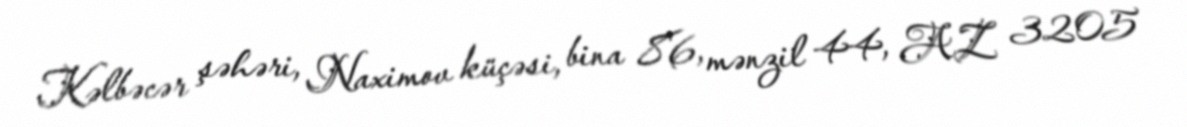
Kəlbəcər şəhəri, Naximov küçəsi, bina 86, mənzil 44, AZ 3205